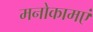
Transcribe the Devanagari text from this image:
मनोकामएं